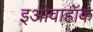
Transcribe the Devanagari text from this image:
इओवाहॉक